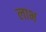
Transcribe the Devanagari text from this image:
लाभ